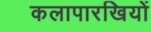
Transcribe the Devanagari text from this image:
कलापारखियों